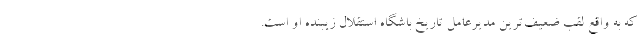
که به واقع لقب ضعیف‌ترین مدیرعامل تاریخ باشگاه استقلال زیبنده او است.